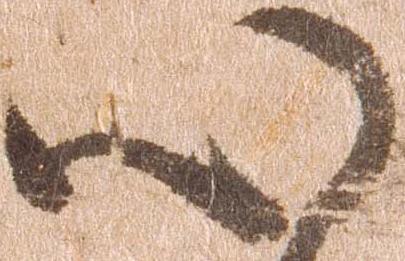
心